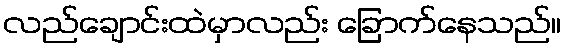
လည်ချောင်းထဲမှာလည်း ခြောက်နေသည်။